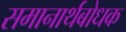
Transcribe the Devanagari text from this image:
समानार्थबोधक